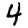
Digit: 4